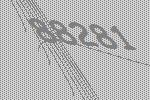
88281